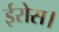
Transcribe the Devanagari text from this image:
ईरोस।